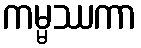
ကမ္မဿကာ